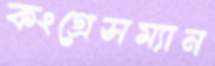
কংগ্রেসম্যান